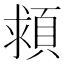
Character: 𩒮